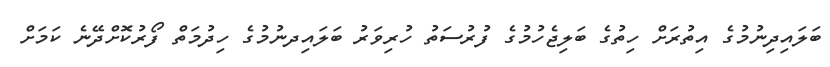
ބަލައިދިނުމުގެ އިތުރަށް ހިތުގެ ބަލިޖެހުމުގެ ފުރުސަތު ހުރިވަރު ބަލައިދނުމުގެ ހިދުމަތް ފޯރުކޮށްދޭނެ ކަމަށް